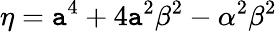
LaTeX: \eta=\mathtt{a}^{4}+4\mathtt{a}^{2}\beta^{2}-\alpha^{2}\beta^{2}